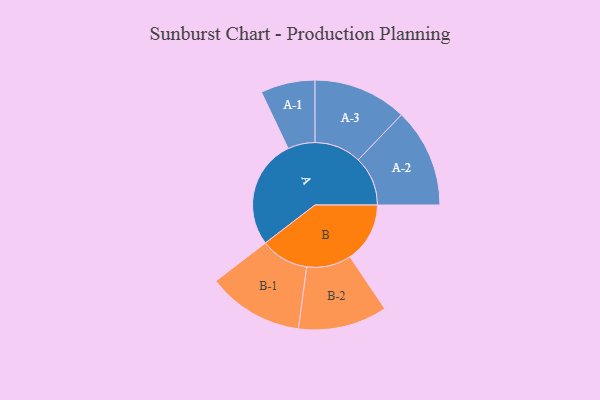
{"axis": {"x": "Segment", "y": "Value"}, "legend": ["", "A", "B"], "data": [{"x": "A", "y": 459, "type": ""}, {"x": "B", "y": 252, "type": ""}, {"x": "A-1", "y": 114, "type": "A"}, {"x": "A-2", "y": 208, "type": "A"}, {"x": "A-3", "y": 197, "type": "A"}, {"x": "B-1", "y": 202, "type": "B"}, {"x": "B-2", "y": 187, "type": "B"}]}